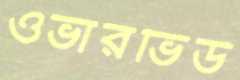
ওভারভিউ